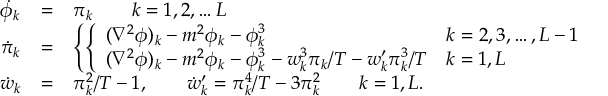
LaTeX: \begin{array} { l c l } { { \dot { \phi } _ { k } } } & { { = } } & { { \pi _ { k } \qquad k = 1 , 2 , \ldots L } } \\ { { \dot { \pi } _ { k } } } & { { = } } & { { \left\{ \left\{ \begin{array} { l l } { { ( \nabla ^ { 2 } \phi ) _ { k } - m ^ { 2 } \phi _ { k } - \phi _ { k } ^ { 3 } } } & { { k = 2 , 3 , \ldots , L - 1 } } \\ { { ( \nabla ^ { 2 } \phi ) _ { k } - m ^ { 2 } \phi _ { k } - \phi _ { k } ^ { 3 } - w _ { k } ^ { 3 } \pi _ { k } / T - w _ { k } ^ { \prime } \pi _ { k } ^ { 3 } / T } } & { { k = 1 , L } } \end{array} \right. \right. } } \\ { { \dot { w } _ { k } } } & { { = } } & { { \pi _ { k } ^ { 2 } / T - 1 , \qquad \dot { w } _ { k } ^ { \prime } = \pi _ { k } ^ { 4 } / T - 3 \pi _ { k } ^ { 2 } \qquad k = 1 , L . } } \end{array}